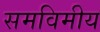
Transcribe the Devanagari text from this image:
समविमीय